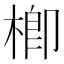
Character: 楖